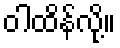
ဝါထိန်လို့။